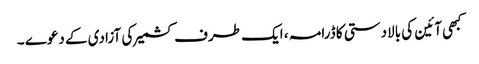
کبھی آئین کی بالادستی کا ڈرامہ ، ایک طرف کشمیر کی آزادی کے دعوے ۔